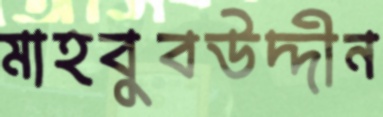
মাহবুবউদ্দীন